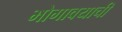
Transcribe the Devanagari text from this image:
भोगावयाची